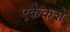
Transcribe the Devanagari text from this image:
एकैकशे